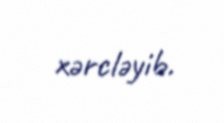
xərcləyib.